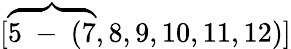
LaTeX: [\overbrace{5\mathrm{~-~}(7},8,9,10,11,12)]